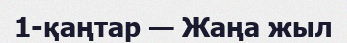
1-қаңтар — Жаңа жыл